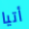
أتيا